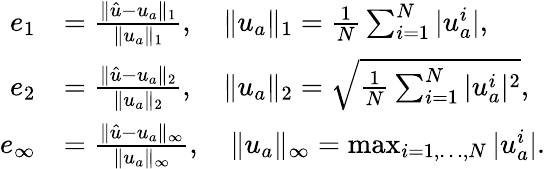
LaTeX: \begin{array}{rl}{e_{1}}&{=\frac{\| \hat{u}-u_{a}\| _{1}}{\| u_{a}\| _{1}},\quad\| u_{a}\| _{1}=\frac{1}{N}\sum_{i=1}^{N}|u_{a}^{i}|,}\\ {e_{2}}&{=\frac{\| \hat{u}-u_{a}\| _{2}}{\| u_{a}\| _{2}},\quad\| u_{a}\| _{2}=\sqrt{\frac{1}{N}\sum_{i=1}^{N}|u_{a}^{i}|^{2}},}\\ {e_{\infty}}&{=\frac{\| \hat{u}-u_{a}\| _{\infty}}{\| u_{a}\| _{\infty}},\quad\| u_{a}\| _{\infty}=\operatorname*{max}_{i=1,\ldots,N}|u_{a}^{i}|.}\end{array}